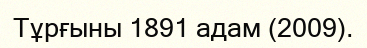
Тұрғыны 1891 адам (2009).